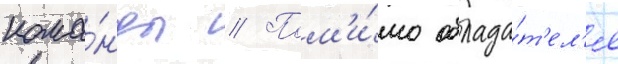
кома́нды // Пом'и́мо облада́т'ел'я